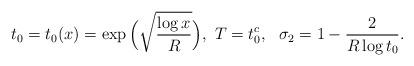
LaTeX: \begin{align*}t_0 = t_0(x) = \exp\Big(\sqrt{\frac{\log x} R}\Big),\ T=t_0^c,\ \ \sigma_2 = 1-\frac{2}{R\log t_0} .\end{align*}